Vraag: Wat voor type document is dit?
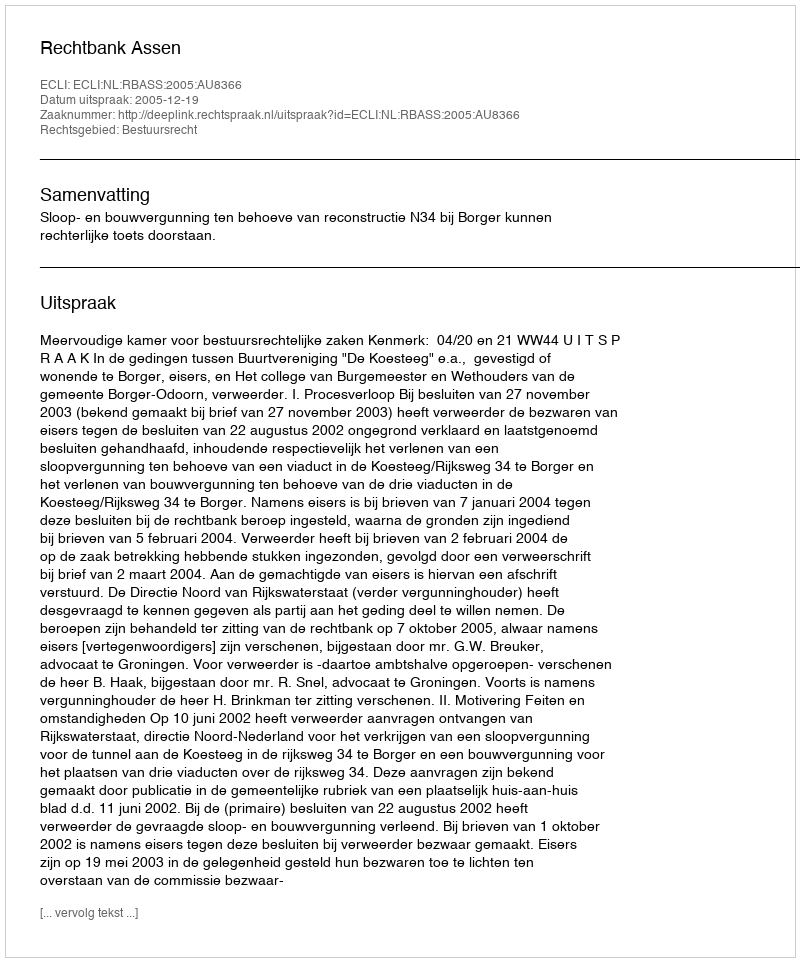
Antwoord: Uitspraak